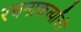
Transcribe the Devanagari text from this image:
रचनाकर्त्यांची